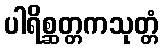
ပါရိစ္ဆတ္တကသုတ္တံ